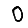
Digit: 0